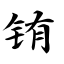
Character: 铕